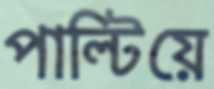
পাল্টিয়ে